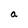
Character: a